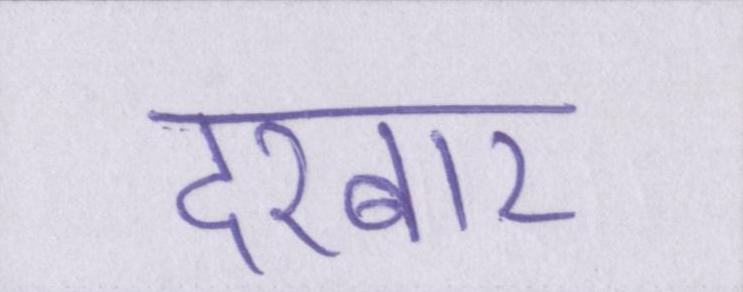
दरबार